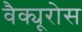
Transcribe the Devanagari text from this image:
वैक्यूरोस